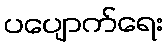
ပပျောက်ရေး